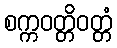
စက္ကဝတ္တိဝတ္တံ